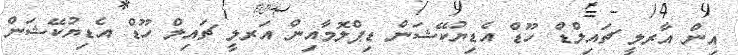
އިން އާރލީ ޗައިލްޑް ހޫޑް އެޑިޔުކޭޝަން ޑިޕްލޮމާއިން އަރލީ ޗައިލް ހޫޑް އެޑިޔުކޭޝަން